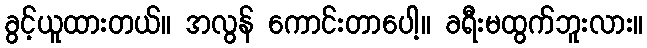
ခွင့်ယူထားတယ်။ အလွန် ကောင်းတာပေါ့။ ခရီးမထွက်ဘူးလား။